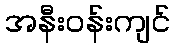
အနီးဝန်းကျင်